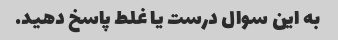
به این سوال درست یا غلط پاسخ دهید.